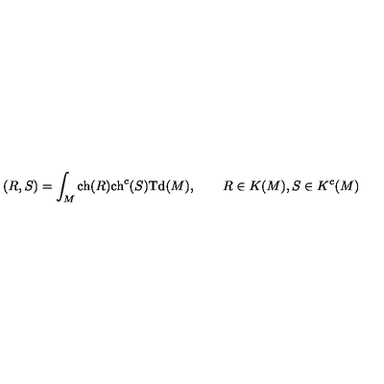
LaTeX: ( R , S ) = \int _ { M } \mathrm { c h } ( R ) \mathrm { c h } ^ { c } ( S ) \mathrm { T d } ( M ) , \qquad R \in K ( M ) , S \in K ^ { c } ( M )